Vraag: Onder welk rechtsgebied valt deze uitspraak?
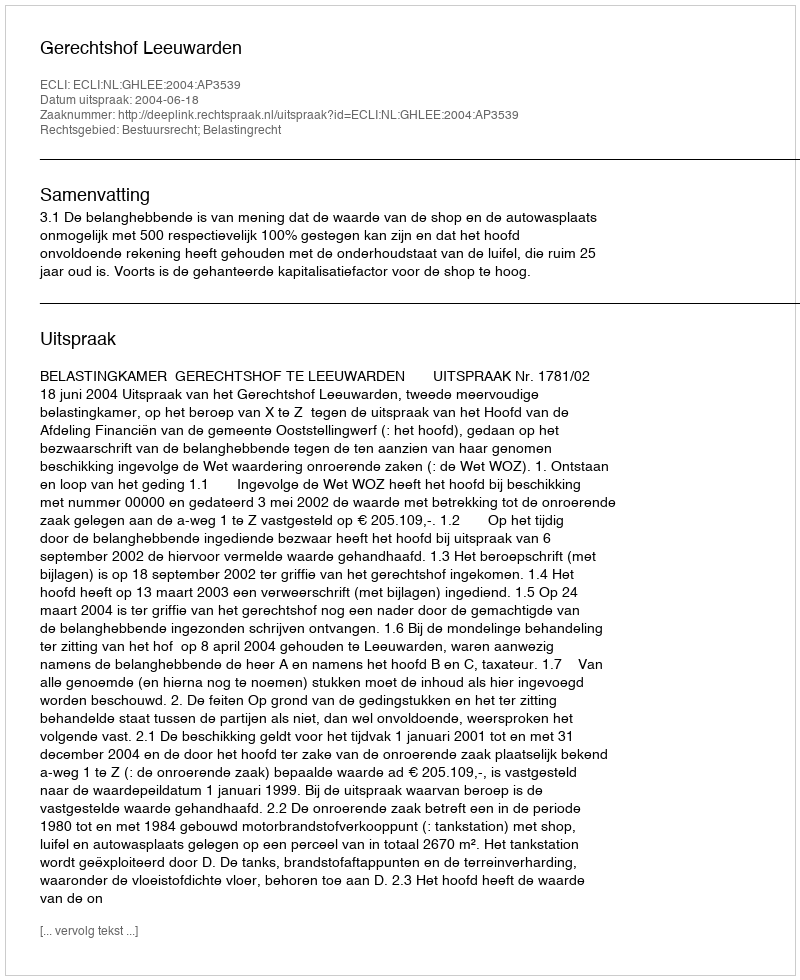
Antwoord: Bestuursrecht; Belastingrecht